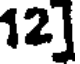
12]